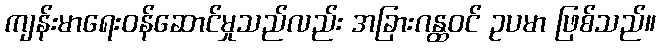
ကျန်းမာရေးဝန်ဆောင်မှုသည်လည်း အခြားဂန္ထဝင် ဥပမာ ဖြစ်သည်။